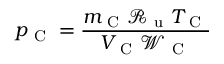
p _ { \mathrm { ~ C ~ } } = \frac { m _ { \mathrm { ~ C ~ } } \mathcal { R } _ { \mathrm { ~ u ~ } } T _ { \mathrm { ~ C ~ } } } { V _ { \mathrm { ~ C ~ } } \mathcal { W } _ { \mathrm { ~ C ~ } } }